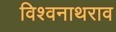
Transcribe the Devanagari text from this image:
विश्वनाथराव